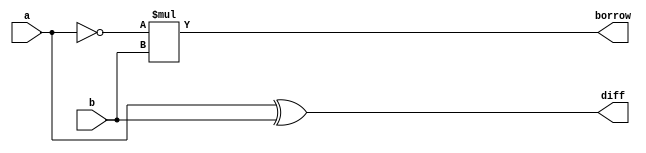
module halfsub(input a,
               input b,
               output reg  diff,
               output  reg borrow);
//data flow modelling
 assign diff = (a^b);
assign borrow = (~a*b); 
  
endmodule